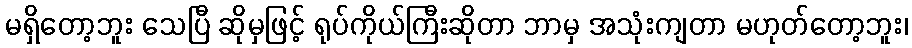
မရှိတော့ဘူး သေပြီ ဆိုမှဖြင့် ရုပ်ကိုယ်ကြီးဆိုတာ ဘာမှ အသုံးကျတာ မဟုတ်တော့ဘူး၊